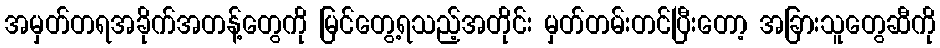
အမှတ်တရအခိုက်အတန့်တွေကို မြင်တွေ့ရသည့်အတိုင်း မှတ်တမ်းတင်ပြီးတော့ အခြားသူတွေဆီကို